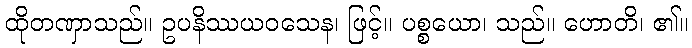
ထိုတဏှာသည်။ ဥပနိဿယဝသေန၊ ဖြင့်။ ပစ္စယော၊ သည်။ ဟောတိ၊ ၏။